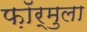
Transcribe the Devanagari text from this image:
फ़ॉर्मुला